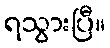
ရသွားပြီ။